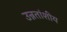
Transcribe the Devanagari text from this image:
उन्नतांशीय